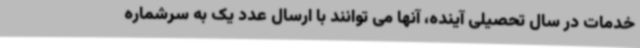
خدمات در سال تحصیلی آینده، آنها می توانند با ارسال عدد یک به سرشماره